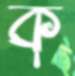
ক